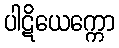
ပါဋိယေက္ကော